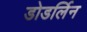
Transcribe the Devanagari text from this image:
डोडर्लिन